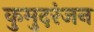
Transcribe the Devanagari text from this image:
कुमुदरंजन